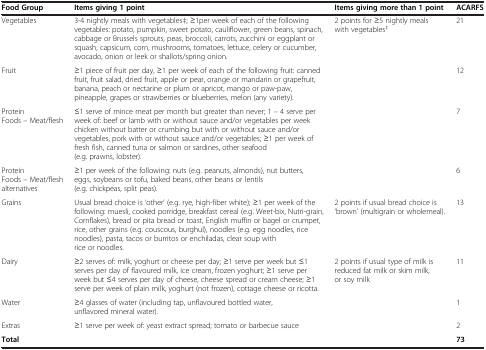
<table><thead><tr><td><b>Food Group</b></td><td><b>Items giving 1 point</b></td><td><b>Items giving more than 1 point</b></td><td><b>ACARFS</b></td></tr></thead><tbody><tr><td>Vegetables</td><td>3-4 nightly meals with vegetables‡; ≥1per week of each of the following vegetables: potato, pumpkin, sweet potato, cauliflower, green beans, spinach, cabbage or Brussels sprouts, peas, broccoli, carrots, zucchini or eggplant or squash, capsicum, corn, mushrooms, tomatoes, lettuce, celery or cucumber, avocado, onion or leek or shallots/spring onion.</td><td>2 points for ≥5 nightly meals with vegetables<sup>‡</sup></td><td>21</td></tr><tr><td>Fruit</td><td>≥1 piece of fruit per day, ≥1 per week of each of the following fruit: canned fruit, fruit salad, dried fruit, apple or pear, orange or mandarin or grapefruit, banana, peach or nectarine or plum or apricot, mango or paw-paw, pineapple, grapes or strawberries or blueberries, melon (any variety).</td><td> </td><td>12</td></tr><tr><td>Protein Foods – Meat/flesh</td><td>≤1 serve of mince meat per month but greater than never; 1 – 4 serve per week of: beef or lamb with or without sauce and/or vegetables per week chicken without batter or crumbing but with or without sauce and/or vegetables, pork with or without sauce and/or vegetables; ≥1 per week of fresh fish, canned tuna or salmon or sardines, other seafood (e.g. prawns, lobster).</td><td> </td><td>7</td></tr><tr><td>Protein Foods – Meat/flesh alternatives</td><td>≥1 per week of the following: nuts (e.g. peanuts, almonds), nut butters, eggs, soybeans or tofu, baked beans, other beans or lentils (e.g. chickpeas, split peas).</td><td> </td><td>6</td></tr><tr><td>Grains</td><td>Usual bread choice is ‘other’ (e.g. rye, high-fiber white); ≥1 per week of the following: muesli, cooked porridge, breakfast cereal (e.g. Weet-bix, Nutri-grain, Cornflakes), bread or pita bread or toast, English muffin or bagel or crumpet, rice, other grains (e.g. couscous, burghul), noodles (e.g. egg noodles, rice noodles), pasta, tacos or burritos or enchiladas, clear soup with rice or noodles.</td><td>2 points if usual bread choice is ‘brown’ (multigrain or wholemeal).</td><td>13</td></tr><tr><td>Dairy</td><td>≥2 serves of: milk, yoghurt or cheese per day; ≥1 serve per week but ≤1 serves per day of flavoured milk, ice cream, frozen yoghurt; ≥1 serve per week but ≤4 serves per day of cheese, cheese spread or cream cheese; ≥1 serve per week of plain milk, yoghurt (not frozen), cottage cheese or ricotta.</td><td>2 points if usual type of milk is reduced fat milk or skim milk, or soy milk</td><td>11</td></tr><tr><td>Water</td><td>≥4 glasses of water (including tap, unflavoured bottled water, unflavored mineral water).</td><td> </td><td>1</td></tr><tr><td>Extras</td><td>≥1 serve per week of: yeast extract spread; tomato or barbecue sauce</td><td> </td><td>2</td></tr><tr><td><b>Total</b></td><td> </td><td> </td><td><b>73</b></td></tr></tbody></table>